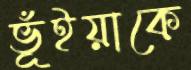
ভূঁইয়াকে